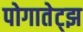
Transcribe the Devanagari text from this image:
पोगातेट्झ